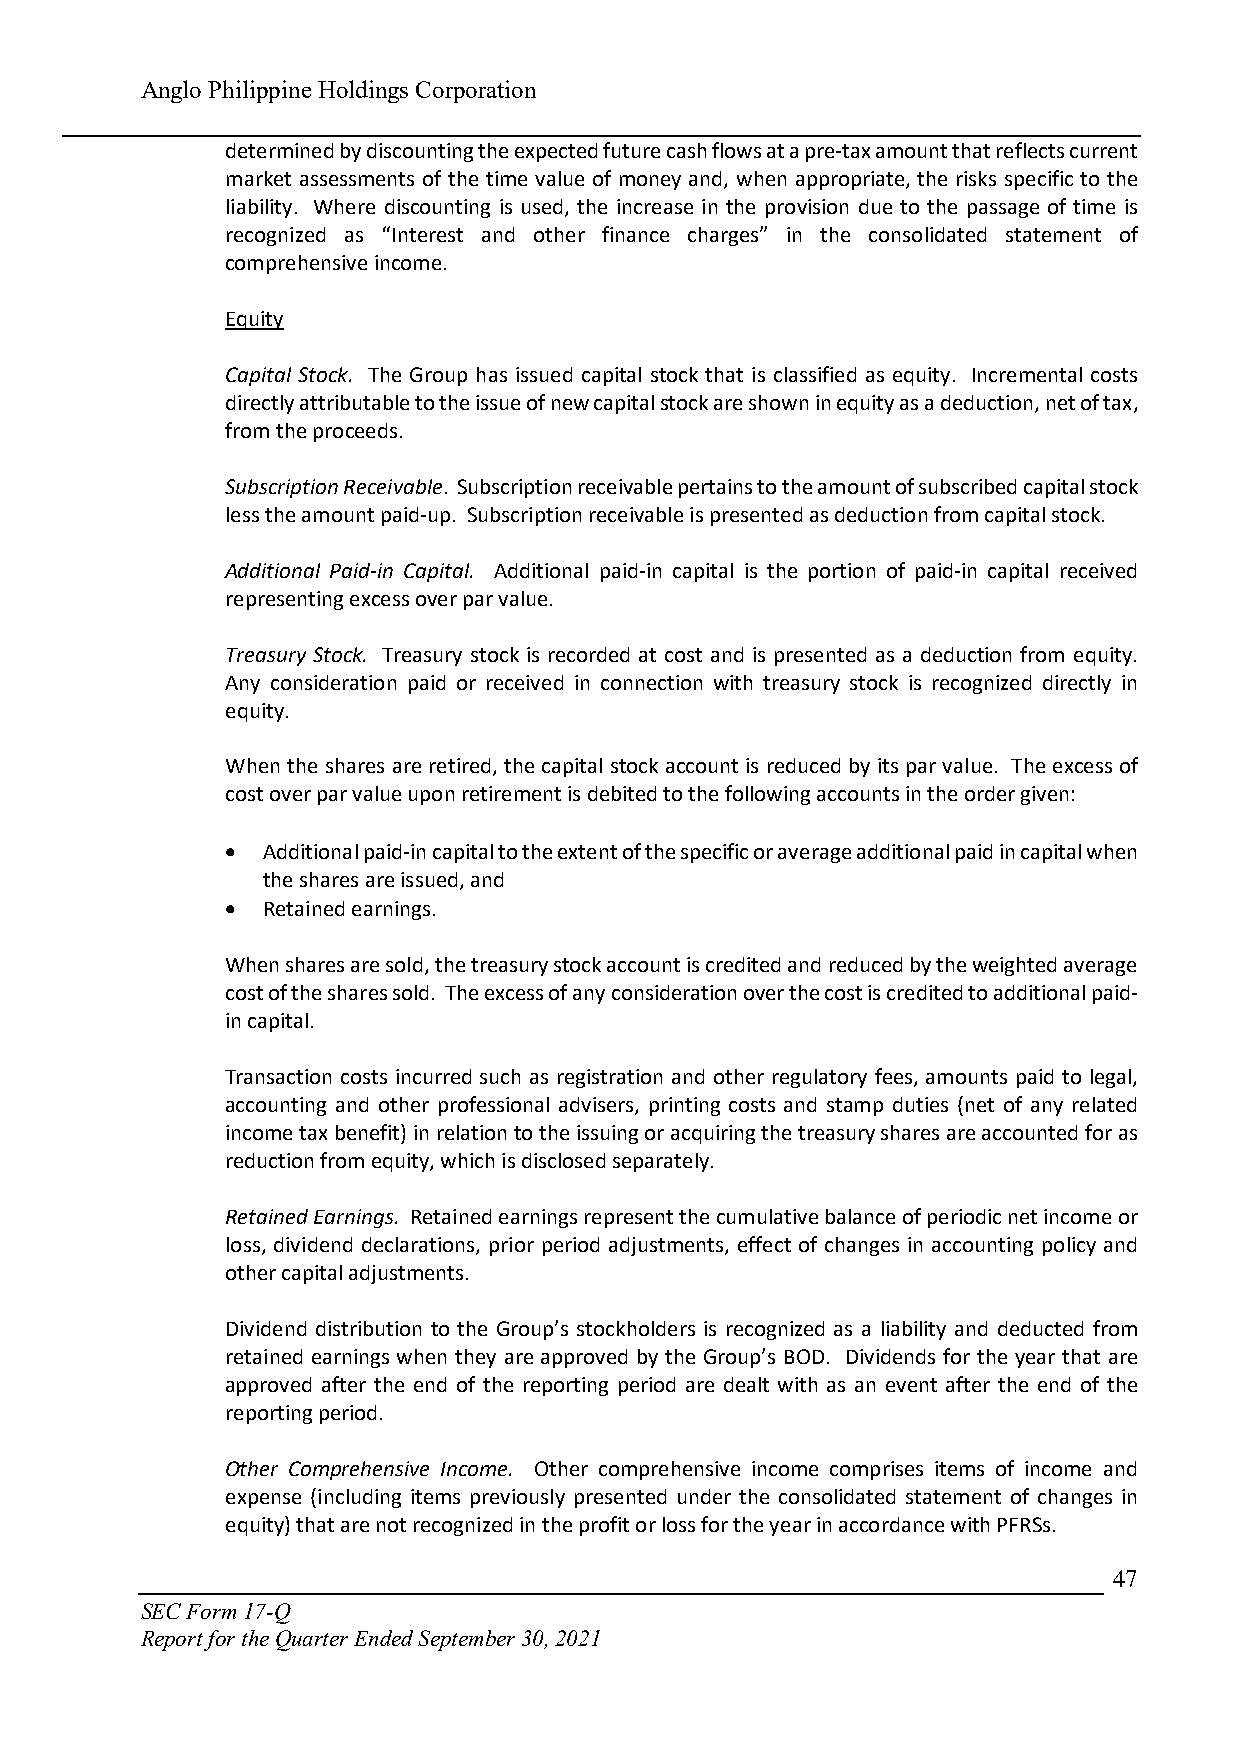
Anglo Philippine Holdings Corporation
 determined by discounting the expected future cash flows at a pre-tax amount that reflects current
 market assessments of the time value of money and, when appropriate, the risks specific to the
 liability. Where discounting is used, the increase in the provision due to the passage of time is
 recognized as “Interest and other finance charges” in the consolidated statement of
 comprehensive income.
 Equity
 Capital Stock. The Group has issued capital stock that is classified as equity. Incremental costs
 directly attributable to the issue of new capital stock are shown in equity as a deduction, net of tax,
 from the proceeds.
 Subscription Receivable. Subscription receivable pertains to the amount of subscribed capital stock
 less the amount paid-up. Subscription receivable is presented as deduction from capital stock.
 Additional Paid-in Capital. Additional paid-in capital is the portion of paid-in capital received
 representing excess over par value.
 Treasury Stock. Treasury stock is recorded at cost and is presented as a deduction from equity.
 Any consideration paid or received in connection with treasury stock is recognized directly in
 equity.
 When the shares are retired, the capital stock account is reduced by its par value. The excess of
 cost over par value upon retirement is debited to the following accounts in the order given:
  Additional paid-in capital to the extent of the specific or average additional paid in capital when
 the shares are issued, and
  Retained earnings.
 When shares are sold, the treasury stock account is credited and reduced by the weighted average
 cost of the shares sold. The excess of any consideration over the cost is credited to additional paid-
 in capital.
 Transaction costs incurred such as registration and other regulatory fees, amounts paid to legal,
 accounting and other professional advisers, printing costs and stamp duties (net of any related
 income tax benefit) in relation to the issuing or acquiring the treasury shares are accounted for as
 reduction from equity, which is disclosed separately.
 Retained Earnings. Retained earnings represent the cumulative balance of periodic net income or
 loss, dividend declarations, prior period adjustments, effect of changes in accounting policy and
 other capital adjustments.
 Dividend distribution to the Group’s stockholders is recognized as a liability and deducted from
 retained earnings when they are approved by the Group’s BOD. Dividends for the year that are
 approved after the end of the reporting period are dealt with as an event after the end of the
 reporting period.
 Other Comprehensive Income. Other comprehensive income comprises items of income and
 expense (including items previously presented under the consolidated statement of changes in
 equity) that are not recognized in the profit or loss for the year in accordance with PFRSs.
 47
 SEC Form 17-Q
 Report for the Quarter Ended September 30, 2021